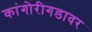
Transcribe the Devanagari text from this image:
कांगोरीगडावर